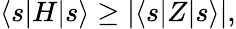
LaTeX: \langle s|H|s\rangle\geq|\langle s|Z|s\rangle|,